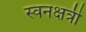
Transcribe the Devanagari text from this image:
स्वनक्षत्री